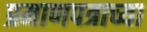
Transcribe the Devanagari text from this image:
प्रमाणपत्राच्या